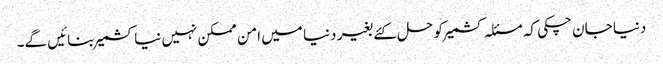
دنیا جان چکی کہ مسئلہ کشمیر کو حل کئے بغیر دنیا میں امن ممکن نہیں نیا کشمیر بنائیں گے۔